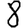
Digit: 8